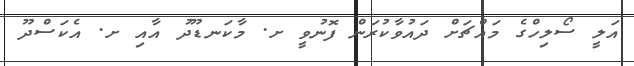
އަލީ ސޯލިހްގެ މައްޗަށް ދައުވާކުރަން ފޮނުވީ ށ. މާކަނޑޫދު އާއި ށ. އެކަސްދޫ